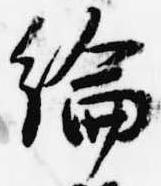
綸